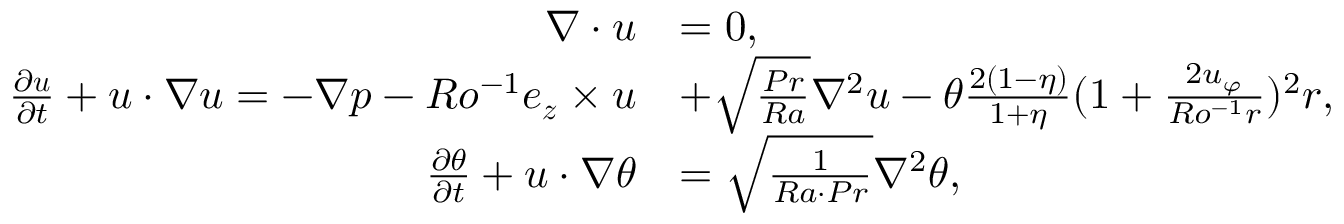
\begin{array} { r l } { \boldsymbol { \nabla } \cdot \boldsymbol { u } } & { = 0 , } \\ { \frac { \partial \boldsymbol { u } } { \partial t } + \boldsymbol { u } \cdot \boldsymbol { \nabla u } = - \boldsymbol { \nabla } p - R o ^ { - 1 } \boldsymbol { e _ { z } } \times \boldsymbol { u } } & { + \sqrt { \frac { P r } { R a } } \nabla ^ { 2 } \boldsymbol { u } - \theta \frac { 2 ( 1 - \eta ) } { 1 + \eta } ( 1 + \frac { 2 u _ { \varphi } } { R o ^ { - 1 } r } ) ^ { 2 } \boldsymbol { r } , } \\ { \frac { \partial \theta } { \partial t } + \boldsymbol { u } \cdot \boldsymbol { \nabla } \theta } & { = \sqrt { \frac { 1 } { R a \cdot P r } } \nabla ^ { 2 } \theta , } \end{array}